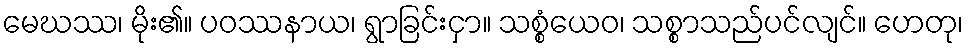
မေဃဿ၊ မိုး၏။ ပဝဿနာယ၊ ရွာခြင်းငှာ။ သစ္စံယေဝ၊ သစ္စာသည်ပင်လျင်။ ဟေတု၊